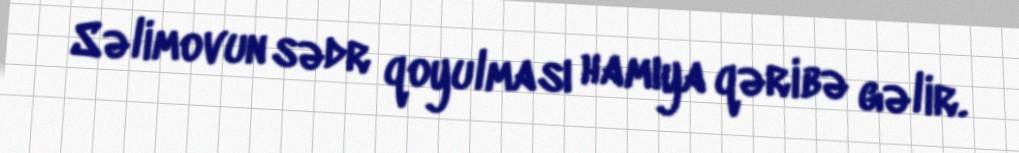
Səlimovun sədr qoyulması hamıya qəribə gəlir.